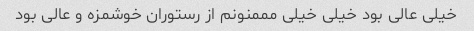
خیلی عالی بود خیلی خیلی مممنونم از رستوران خوشمزه و عالی بود